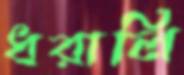
ধরালি